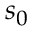
s _ { 0 }